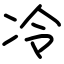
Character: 冷